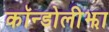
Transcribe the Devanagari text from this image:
कॉन्डोलीझा